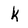
Character: k